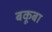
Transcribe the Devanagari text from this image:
बकूबा